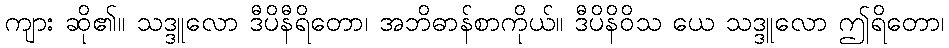
ကျား ဆို၏။ သဒ္ဒူလော ဒီပိနီရိတော၊ အဘိဓာန်စာကိုယ်။ ဒီပိနိဝိသ ယေ သဒ္ဒူလော ဤရိတော၊